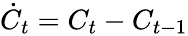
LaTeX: \dot{C}_{t}={C}_{t}-{C}_{t-1}